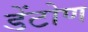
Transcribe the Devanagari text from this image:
डेंटोण